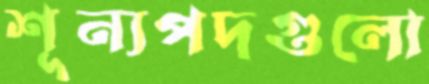
শূন্যপদগুলো